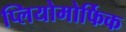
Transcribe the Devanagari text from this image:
प्लियोमोर्फिक